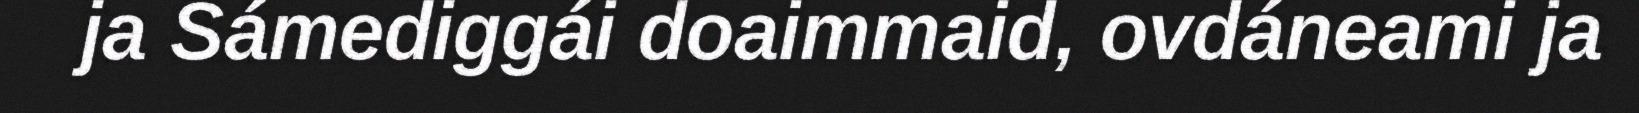
ja Sámediggái doaimmaid, ovdáneami ja